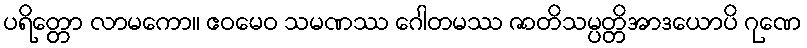
ပရိတ္တော လာမကော။ ဧဝမေဝ သမဏဿ ဂေါတမဿ ဇာတိသမ္ပတ္တိအာဒယောပိ ဂုဏေ